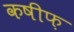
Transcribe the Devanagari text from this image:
कषीफ़